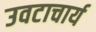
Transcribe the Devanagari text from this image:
उवटाचार्य